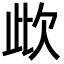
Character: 㰣